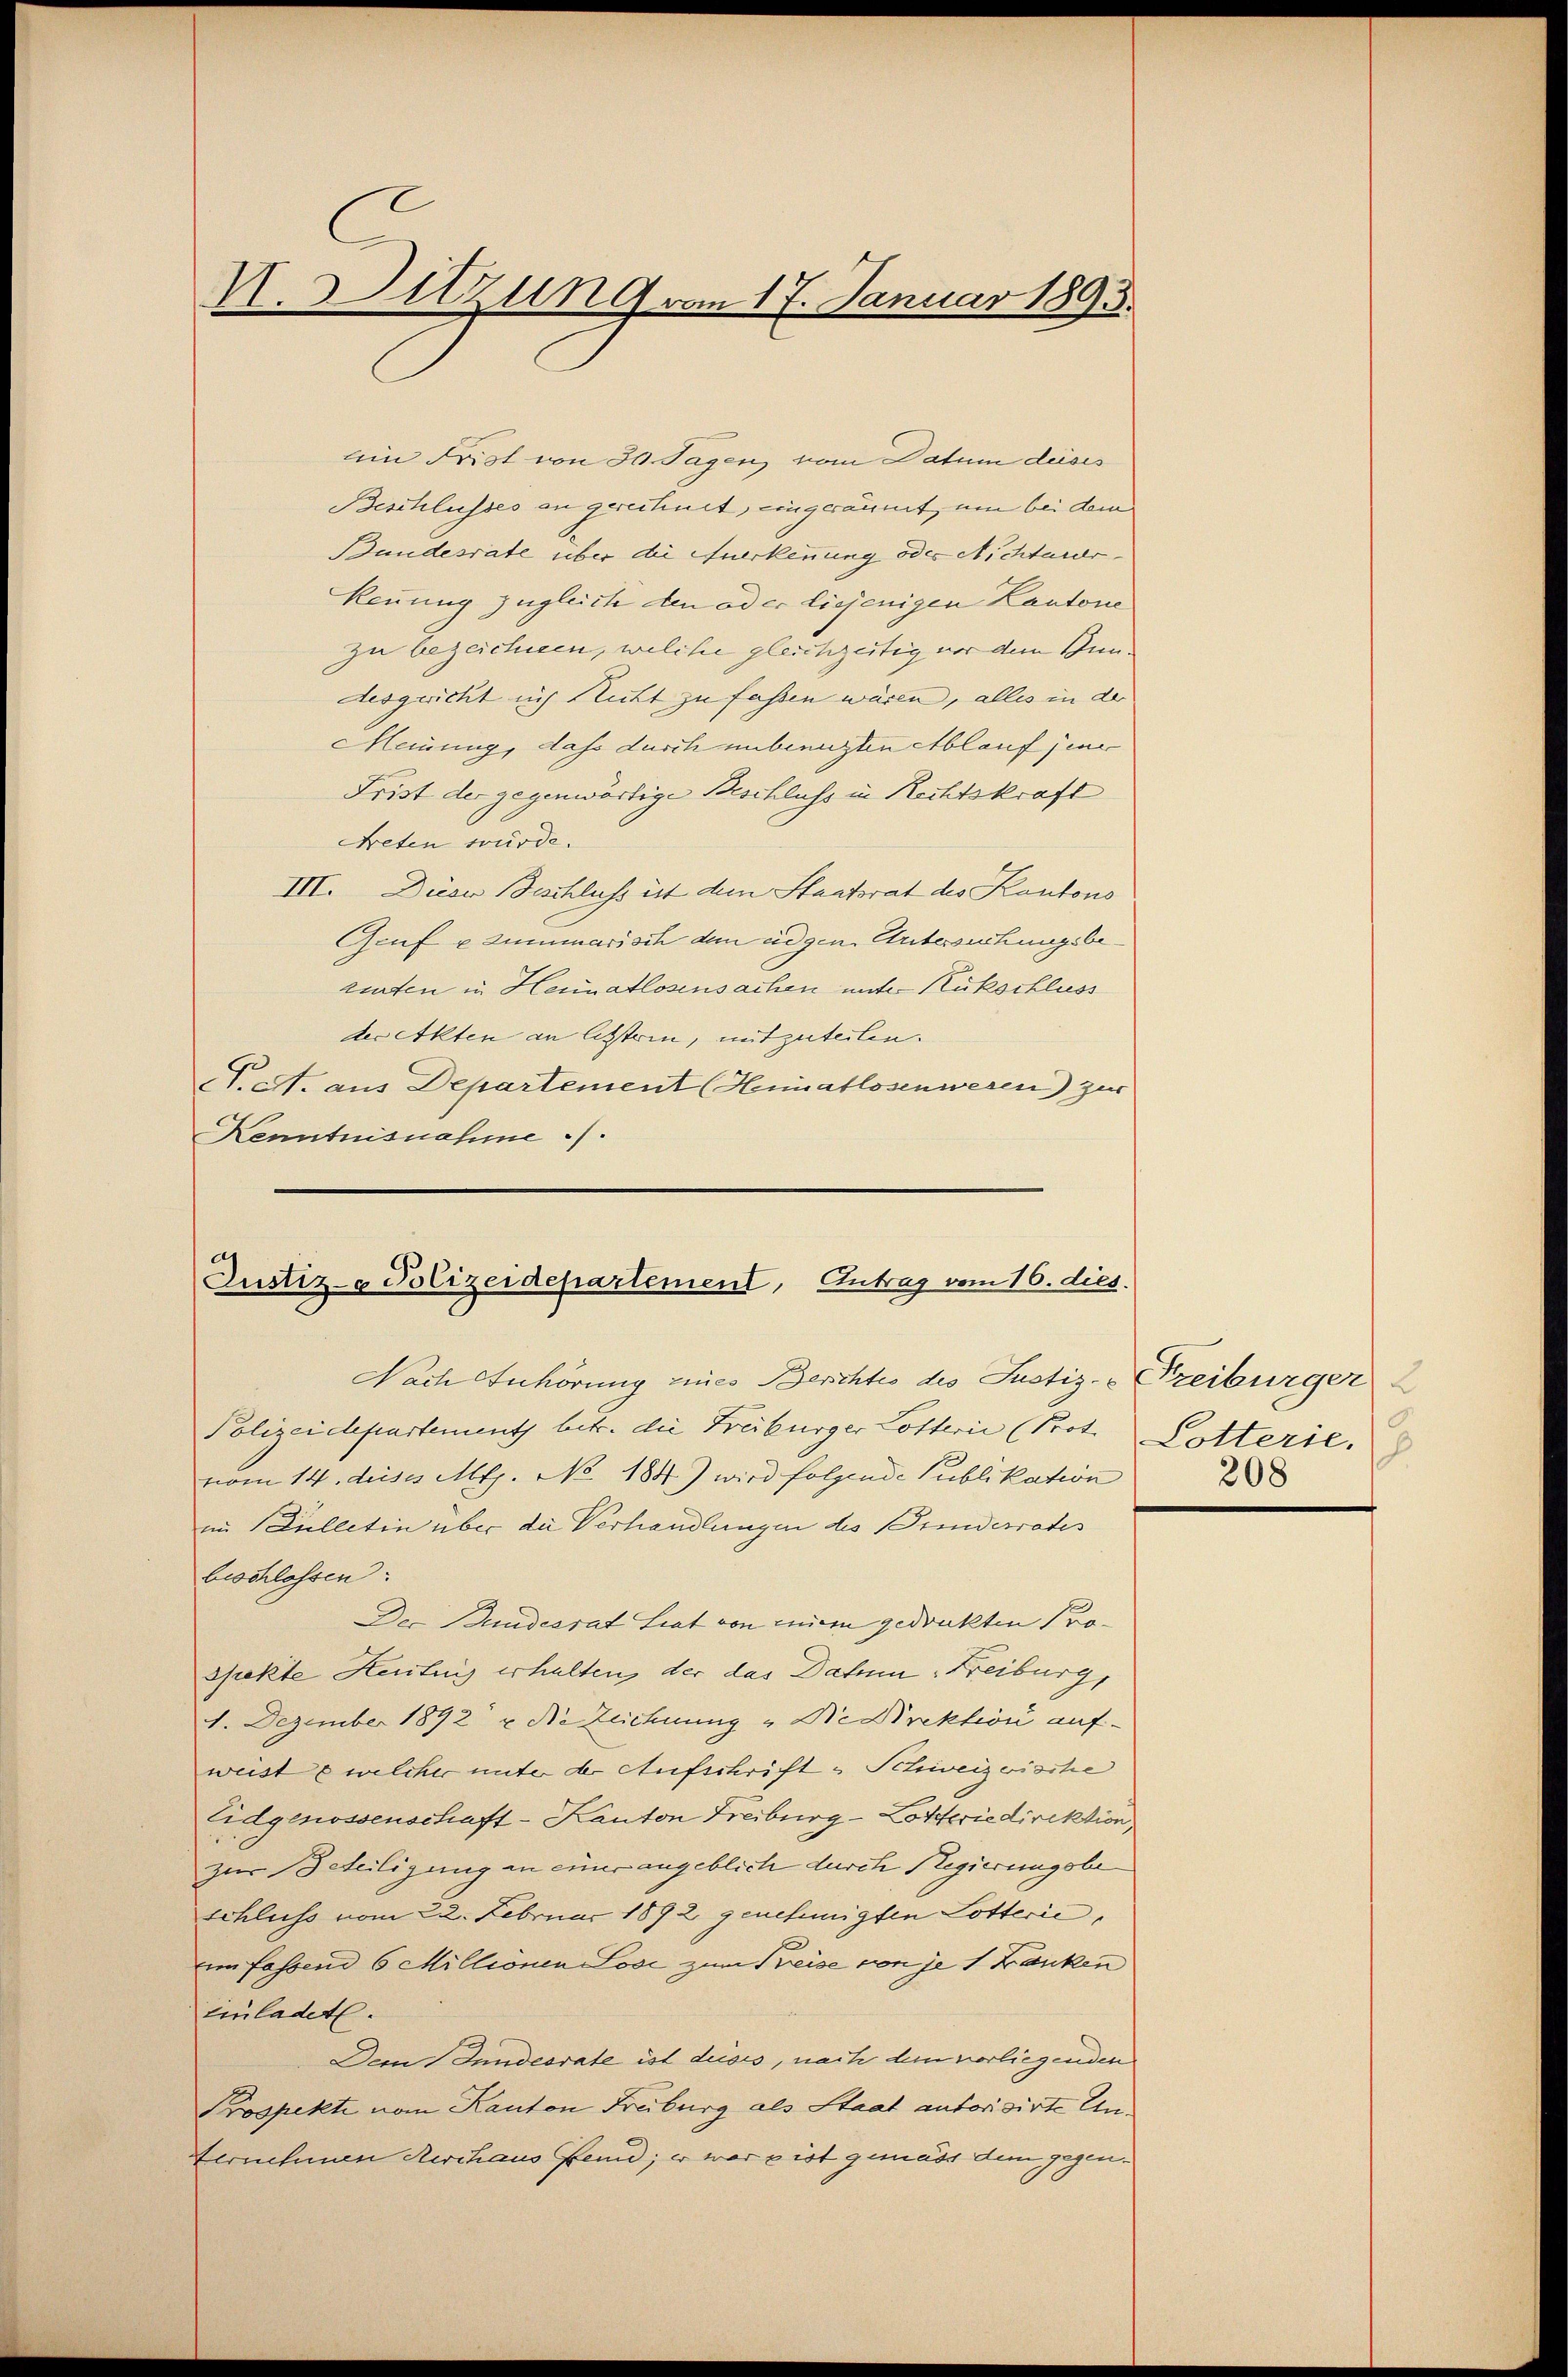
N.Sitzung vom 17. Januar 1893.

Ain Frist von 30 Tagen vom Datum dieses
Beschlusses an gerechnet, eingeräumt, um bei dem
Bundesrate über die Anerkennung oder Nichterdr
kennung zugleiche den oder diejenigen Kantone
zu bezeichnen, welche gleichzeitig vor dem Inndesgericht sich Rutt zu fassen wären, alles in der
Meinung, das durch unbenuzten Ablauf jene
Frist der gegenwärtige Beschluss in Rechtskraft
Freten würde.
III. Dieser Beschluss ist dem Staatsrat des Kantons
Genf e Zummarisch dem eidgen. Untersuchungsberuten in Heimatlosensachen unter Rückschluss
decetten an letztern, mitzuteilen.
T. A. aus Departement (Heimatlosenwesen) zur
Kenntnisnahme ./.

Justiz- Polizeidepartement, Antrag vom 16. dies.
Nach Anhörung eines Berichtes des Justiz- & Freiburger

vom 14. diese Mts. No. 184) wird folgende Publikation

Polizeidepartements betr. die Freiburger Lotterii (Prot. Dotterie.
im Zilletin über die Verhandlungen des Beiderrates
beschlassen:
Der Bundesrat Liat von einem gedruckten Prospekte Heutung erhalten, der das Datum Freiburg,
1. Dezember 1892 u. die Zeichnung "Die Direktion aufweiste welcher unter der Aufschrift & Schweizerische
Eidgenossenschaft-Kanton Freiburg-Lotterie direktion
zur Beteiligung an einer angeblich durch Regierungsbe
Schluss vom 22. Februar 1892 genehmigten Lotterie,
in fassend 6 Millionen Lose zum Preise von je 1 Franken
Einladet.
Dem Inndesrate ist dises, nach dem vorliegenden
Prospekte von Kanton Freiburg als Staat autorisirte Un¬
Vernehmen Kirchaus fen; er war ist gemäss dem gegen¬

0
.